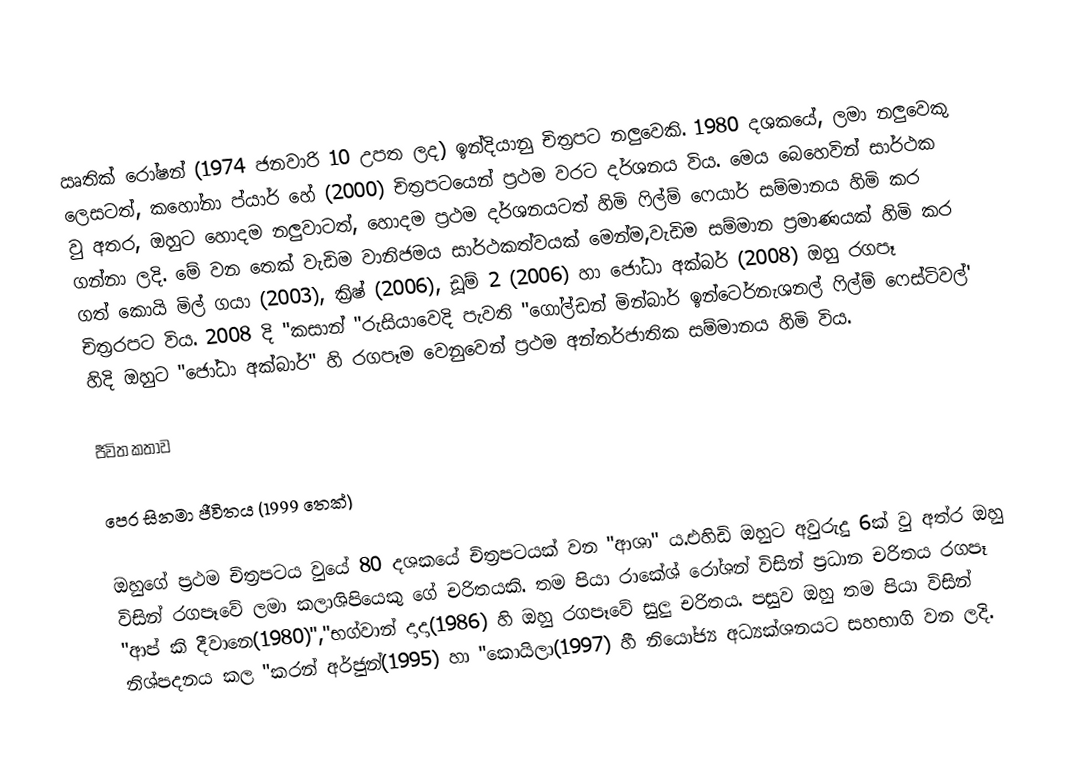
ඍතික් රෝෂන් (1974 ජනවාරි 10 උපත ලද) ඉන්දියානු චිත්‍රපට නලුවෙකි. 1980 දශකයේ, ලමා නලුවෙකු ලෙසටත්, කහෝනා ප්යාර් හේ (2000) චිත්‍රපටයෙන් ප්‍රථම වරට දර්ශනය විය. මෙය බෙහෙවින් සාර්ථක වු අතර, ඔහුට හොදම නලුවාටත්, හොදම ප්‍රථම දර්ශනයටත් හිමි ෆිල්ම් ෆෙයාර් සම්මානය හිමි කර ගන්නා ලදි. මේ වන තෙක් වැඩිම වානිජමය සාර්ථකත්වයක් මෙන්ම,වැඩිම සම්මාන ප්‍රමාණයක් හිමි කර ගත් කොයි මිල් ගයා (2003), ක්‍රිෂ් (2006), ඩූම් 2 (2006) හා ජෝධා අක්බර් (2008) ඔහු රගපෑ චිත්‍රරපට විය. 2008 දි "කසාන් "රුසියාවෙදි පැවති "ගෝල්ඩන් මින්බාර් ඉන්ටෙර්නැශනල් ෆිල්ම් ෆෙස්ටිවල්' හිදි ඔහුට "ජෝධා අක්බාර්" හි රගපෑම වෙනුවෙන් ප්‍රථම අන්තර්ජාතික සම්මානය හිමි විය.

ජීවිත කතාව

පෙර සිනමා ජීවිතය (1999 තෙක්)

ඔහුගේ ප්‍රථම චිත්‍රපටය වුයේ 80 දශකයේ චිත්‍රපටයක් වන "ආශා" ය.එහිඩි ඔහුට අවුරුදු 6ක් වු අත්ර ඔහු විසින් රගපෑවේ ලමා කලාශිපියෙකු ගේ චරිතයකි. තම පියා රාකේශ් රෝශන් විසින් ප්‍රධාන චරිතය රගපෑ "ආප් කි දීවානෙ(1980)","භග්වාන් දාදා(1986) හි ඔහු රගපෑවේ සුලු චරිතය. පසුව ඔහු තම පියා විසින් නිශ්පදනය කල "කරන් අර්ජුන්(1995) හා "කොයිලා(1997) හී නියෝජ්‍ය අධ්‍යක්ශනයට සහභාගි වන ලදි.